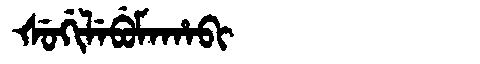
Manchu: ᡧᡠᡤᡳᠯᡝᠪᡠᠮᠠᡥᠠᠪᡳ
Romanization: ŠUGILEBUMAHABI